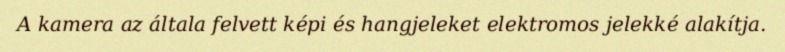
A kamera az általa felvett képi és hangjeleket elektromos jelekké alakítja.